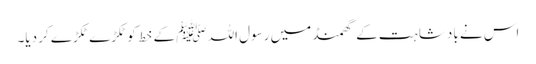
اس نے بادشاہت کے گھمنڈ میں رسول اللہ ﷺ کے خط کوٹکڑے ٹکڑے کر دیا۔